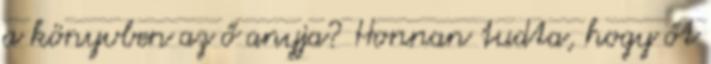
a könyvben az ő anyja? Honnan tudta, hogy őt